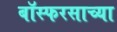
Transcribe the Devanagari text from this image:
बॉस्फरसाच्या